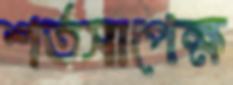
শর্তসাপেক্ষ